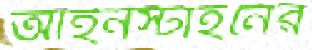
আইনস্টাইনের